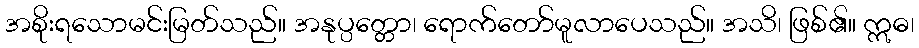
အစိုးရသောမင်းမြတ်သည်။ အနုပ္ပတ္တော၊ ရောက်တော်မူလာပေသည်။ အသိ၊ ဖြစ်၏။ ဣဓ၊